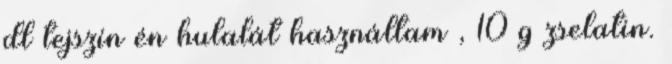
dl tejszín én hulalát használtam , 10 g zselatin.